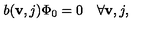
b ( { \bf v } , j ) \Phi _ { 0 } = 0 \quad \forall { \bf v } , j ,